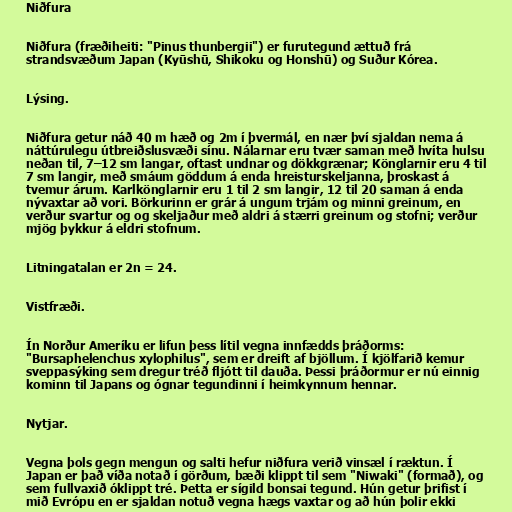
Niðfura

Niðfura (fræðiheiti: "Pinus thunbergii") er furutegund ættuð frá
strandsvæðum Japan (Kyūshū, Shikoku og Honshū) og Suður Kórea.

Lýsing.

Niðfura getur náð 40 m hæð og 2m í þvermál, en nær því sjaldan nema á
náttúrulegu útbreiðslusvæði sínu. Nálarnar eru tvær saman með hvíta hulsu
neðan til, 7–12 sm langar, oftast undnar og dökkgrænar; Könglarnir eru 4 til
7 sm langir, með smáum göddum á enda hreisturskeljanna, þroskast á
tvemur árum. Karlkönglarnir eru 1 til 2 sm langir, 12 til 20 saman á enda
nývaxtar að vori. Börkurinn er grár á ungum trjám og minni greinum, en
verður svartur og og skeljaður með aldri á stærri greinum og stofni; verður
mjög þykkur á eldri stofnum.

Litningatalan er 2n = 24.

Vistfræði.

Ín Norður Ameríku er lifun þess lítil vegna innfædds þráðorms:
"Bursaphelenchus xylophilus", sem er dreift af bjöllum. Í kjölfarið kemur
sveppasýking sem dregur tréð fljótt til dauða. Þessi þráðormur er nú einnig
kominn til Japans og ógnar tegundinni í heimkynnum hennar.

Nytjar.

Vegna þols gegn mengun og salti hefur niðfura verið vinsæl í ræktun. Í
Japan er það víða notað í görðum, bæði klippt til sem "Niwaki" (formað), og
sem fullvaxið óklippt tré. Þetta er sígild bonsai tegund. Hún getur þrifist í
mið Evrópu en er sjaldan notuð vegna hægs vaxtar og að hún þolir ekki